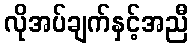
လိုအပ်ချက်နှင့်အညီ